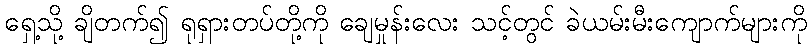
ရှေ့သို့ ချိတက်၍ ရုရှားတပ်တို့ကို ချေမှုန်းလေး သင့်တွင် ခဲယမ်းမီးကျောက်များကို